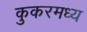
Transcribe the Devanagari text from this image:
कुकरमध्य